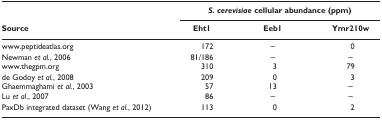
<table><thead><tr><td></td><td colspan="3"><b><i>S. cerevisiae</i> cellular abundance (ppm)</b></td></tr><tr><td><b>Source</b></td><td><b>Eht1</b></td><td><b>Eeb1</b></td><td><b>Ymr210w</b></td></tr></thead><tbody><tr><td>www.peptideatlas.org</td><td>172</td><td>–</td><td>0</td></tr><tr><td>Newman <i>et al.</i>, 2006</td><td>81/186</td><td>–</td><td>–</td></tr><tr><td>www.thegpm.org</td><td>310</td><td>3</td><td>79</td></tr><tr><td>de Godoy <i>et al.</i>, 2008</td><td>209</td><td>0</td><td>3</td></tr><tr><td>Ghaemmaghami <i>et al.</i>, 2003</td><td>57</td><td>13</td><td>–</td></tr><tr><td>Lu <i>et al.</i>, 2007</td><td>86</td><td>–</td><td>–</td></tr><tr><td>PaxDb integrated dataset (Wang <i>et al.</i>, 2012)</td><td>113</td><td>0</td><td>2</td></tr></tbody></table>